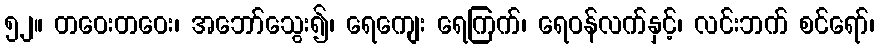
၅၂။ တဝေးတဝေး၊ အဘော်သွေး၍၊ ရေကျေး ရေကြက်၊ ရေဝန်လက်နှင့်၊ လင်းဘက် စင်ရော်၊